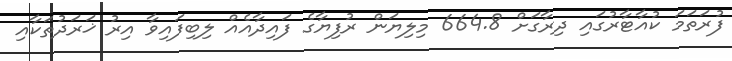
ފުރަތަމަ ކުއާޓާރުގައި ދިރާގަށް 664.8 މިލިޔަން ރުފިޔާގެ ފައިދާއެއް ލިބިފައިވާ އިރު ޚަރަދުތަކާއި